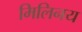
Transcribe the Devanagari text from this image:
मिलिनय